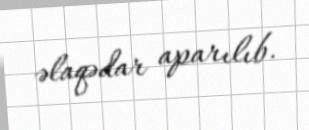
əlaqədar aparılıb.